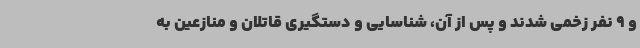
و 9 نفر زخمی شدند و پس از آن، شناسایی و دستگیری قاتلان و منازعین به